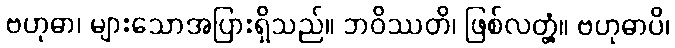
ဗဟုဓာ၊ များသောအပြားရှိသည်။ ဘဝိဿတိ၊ ဖြစ်လတ္တံ့။ ဗဟုဓာပိ၊